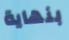
بنهاية